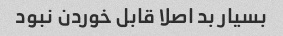
بسیار بد اصلا قابل خوردن نبود